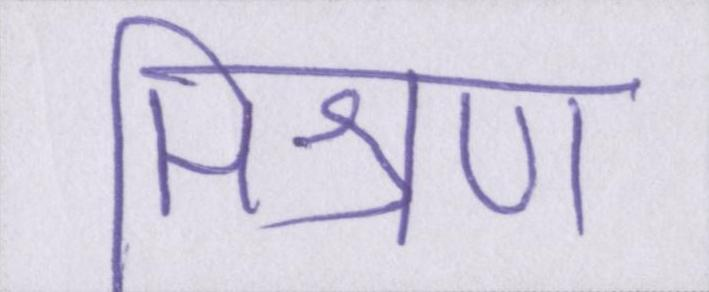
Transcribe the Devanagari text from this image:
मिश्रण